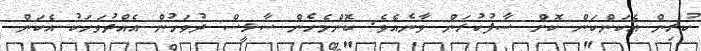
ކުރިން އެކަންކަން ކޮށް ސާފުކުރަން ވާނެއެވެ. ކޮންމެހެން ސާޅީސް ދުވަހުން އެއްދުވަހަކު އެކަން